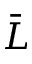
\bar { L }